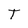
Character: T